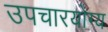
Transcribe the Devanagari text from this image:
उपचारयोग्य